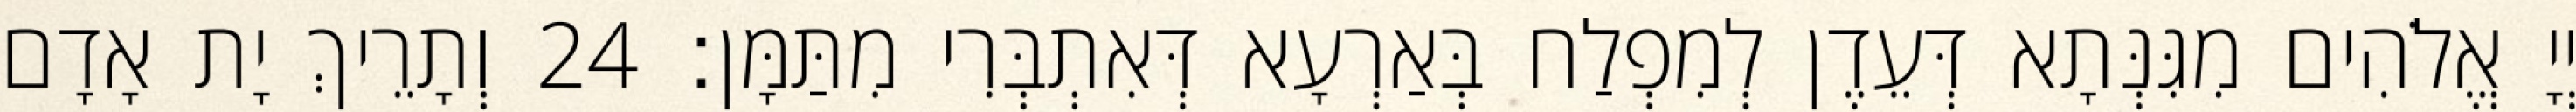
יְיָ אֱלֹהִים מִגִּנְּתָא דְּעֵדֶן לְמִפְלַח בְּאַרְעָא דְּאִתְבְּרִי מִתַּמָּן׃ 24 וְתָרֵיךְ יָת אָדָם